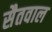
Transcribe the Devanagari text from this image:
सैतवाल